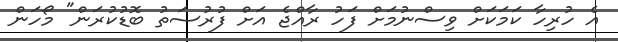
އެ ހުރިހާ ކަމަކަށް ވިސްނުމަށް ފަހު ރާއްޖެ އަށް ފުރުސަތު ބޮޑުކުރަން" މޯހަން